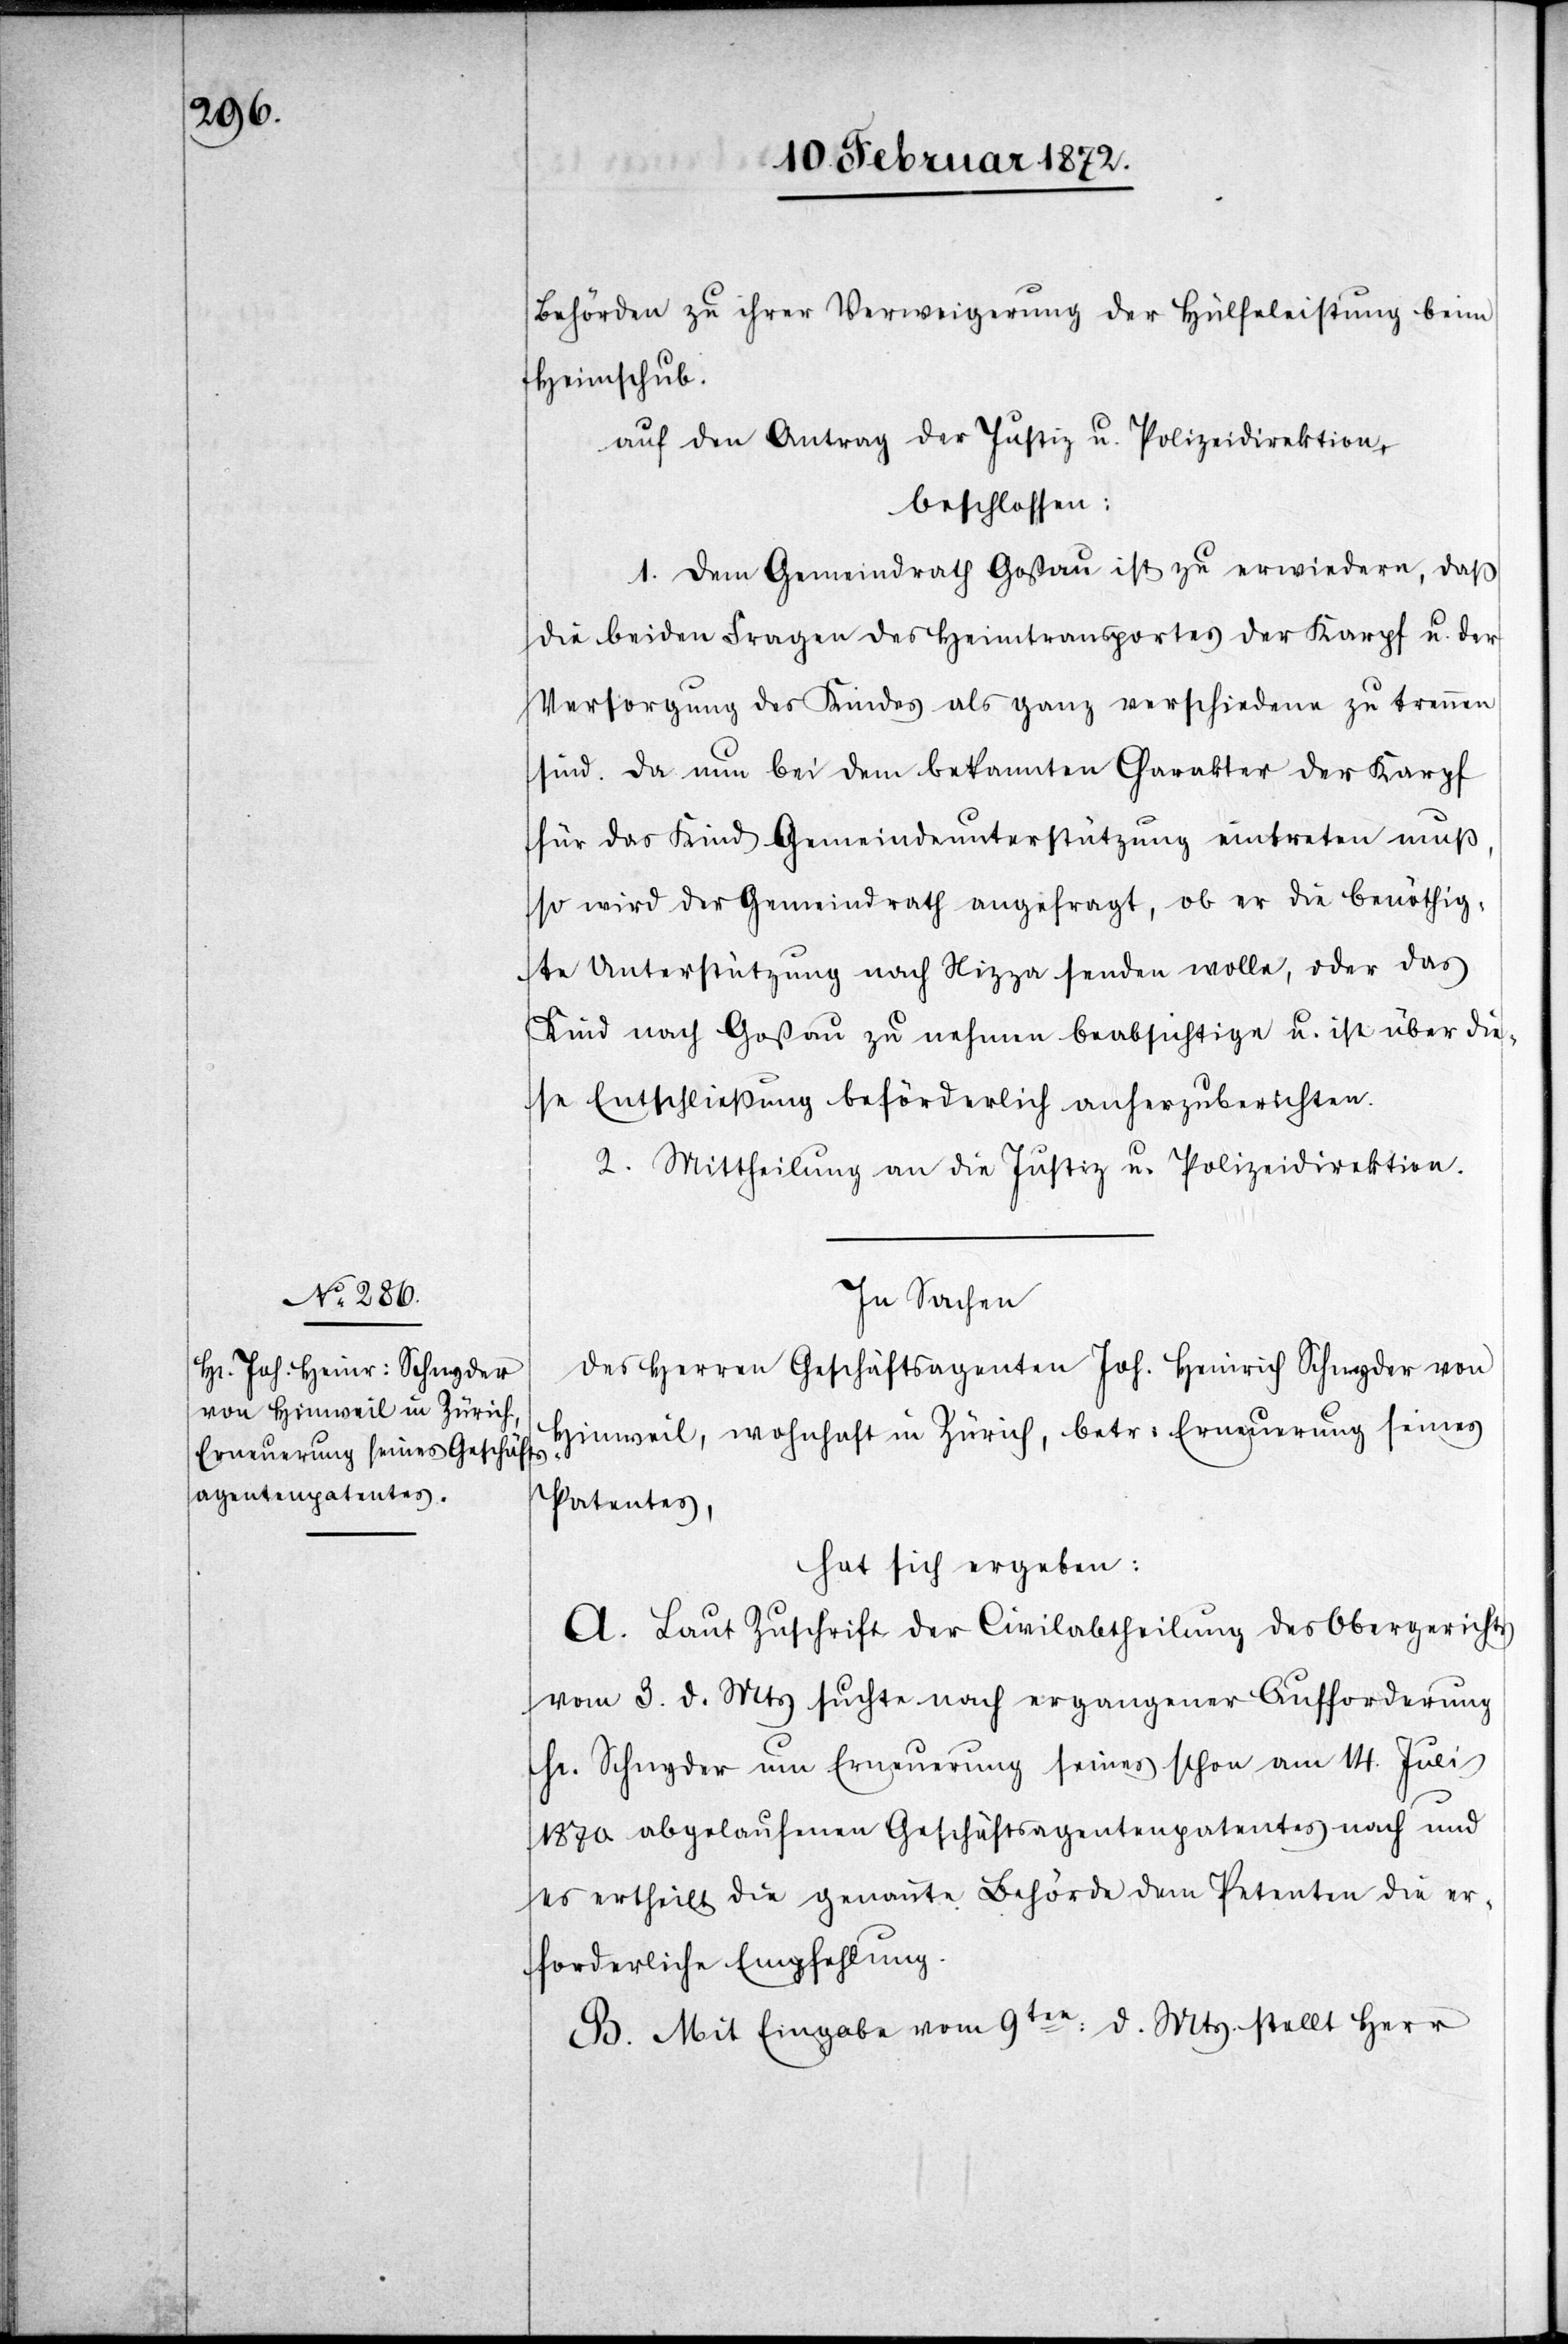
Behörden zu ihrer Verweigerung der Hülfsleistung beim
Heimschub.
auf den Antrag der Justiz u. Polizeidirektion
beschlossen:
1. Dem Gemeindrath Goßau ist zu erwiedern, daß
die beiden Fragen des Heimtransportes der Karpf u. der
Versorung des Kindes als ganz verschiedene zu trennen
sind. Da nun bei dem bekannten Charakter der Karpf
für das Kind Gemeindeunterstützung eintreten muß,
so wird der Gemeindrath angefragt, ob er die benöthig¬
te Unterstützung nach Nizza senden wolle, oder das
Kind nach Goßau zu nehmen beabsichtige u. ist über die¬
se Entschließung beförderlich anherzuberichten.
2. Mittheilung an die Justiz u. Polizeidirektion.
In Sachen
des Herren Geschäftsagenten Joh. Heinrich Schnyder von
Hinweil, wohnhaft in Zürich, betr. Erneuerung seines
Patentes,
hat sich ergeben:
A. Laut Zuschrift der Civilabtheilung des Obergerichts
vom 3. d. Mts suchte nach ergangener Aufforderung
Hr. Schnyder um Erneuerung seines schon am 14. Juli
1870 abgelaufenen Geschäftsagentenpatentes nach und
es ertheilt die genannte Behörde dem Petenten die er¬
forderliche Empfehlung.
B. Mit Eingabe vom 9ten d. Mts. stellt Herr